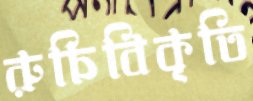
রুচিবিকৃতি